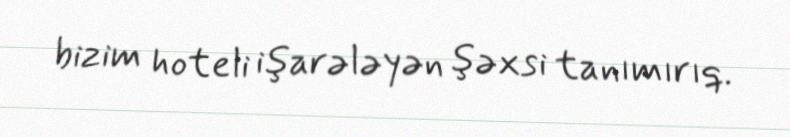
bizim hoteli işarələyən şəxsi tanımırıq.